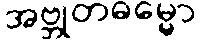
အဗ္ဘုတဓမ္မော